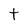
Character: t